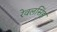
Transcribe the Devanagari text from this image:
रेवलसिंह